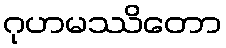
ဂုဟမဿိတော